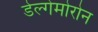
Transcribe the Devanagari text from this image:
डेल्गेमोरोन